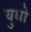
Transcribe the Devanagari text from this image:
युधो